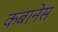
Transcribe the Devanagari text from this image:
कबानेस